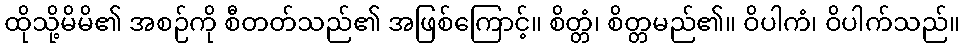
ထိုသို့မိမိ၏ အစဉ်ကို စီတတ်သည်၏ အဖြစ်ကြောင့်။ စိတ္တံ၊ စိတ္တမည်၏။ ဝိပါကံ၊ ဝိပါက်သည်။